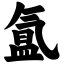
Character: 氲